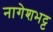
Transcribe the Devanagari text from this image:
नागेशभट्ट